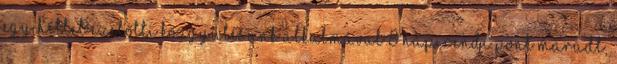
egy héttel ezelőtti közgyűlésünk alkalmával 8 napirendi pont maradt,